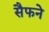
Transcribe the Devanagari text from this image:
सैफने